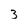
Character: 3